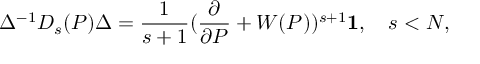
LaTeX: \Delta ^ { - 1 } D _ { s } ( P ) \Delta = \frac { 1 } { s + 1 } ( \frac { \partial } { \partial P } + W ( P ) ) ^ { s + 1 } { \bf 1 } , \quad s < N ,